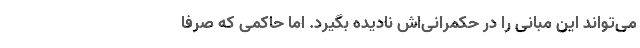
می‌تواند این مبانی را در حکمرانی‌اش نادیده بگیرد. اما حاکمی که صرفا